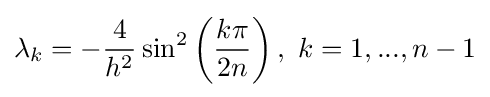
\lambda _{k}=-{\frac {4}{h^{2}}}\sin ^{2}\left({\frac {k\pi }{2n}}\right),\ k=1,...,n-1